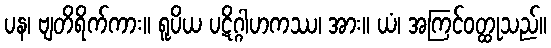
ပန၊ ဗျတိရိက်ကား။ ရူပိယ ပဋိဂ္ဂါဟကဿ၊ အား။ ယံ၊ အကြင်ဝတ္ထုသည်။